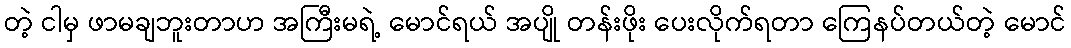
တဲ့ ငါမှ ဖာမချဘူးတာဟ အကြီးမရဲ့ မောင်ရယ် အပျို တန်းဖိုး ပေးလိုက်ရတာ ကြေနပ်တယ်တဲ့ မောင်